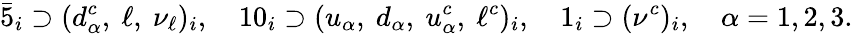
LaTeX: \bar{5}_{i}\supset(d_{\alpha}^{c},\ \ell,\ \nu_{\ell})_{i},\quad 10_{i}\supset(u_{\alpha},\ d_{\alpha},\ u_{\alpha}^{c},\ \ell^{c})_{i},\quad 1_{i}\supset(\nu^{c})_{i},\quad\alpha=1,2,3.